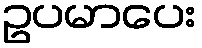
ဥပမာပေး